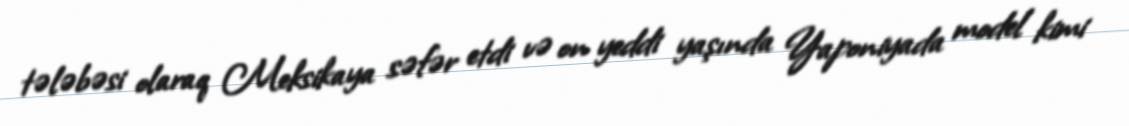
tələbəsi olaraq Meksikaya səfər etdi və on yeddi yaşında Yaponiyada model kimi